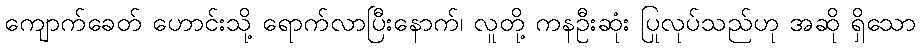
ကျောက်ခေတ် ဟောင်းသို့ ရောက်လာပြီးနောက်၊ လူတို့ ကနဦးဆုံး ပြုလုပ်သည်ဟု အဆို ရှိသော